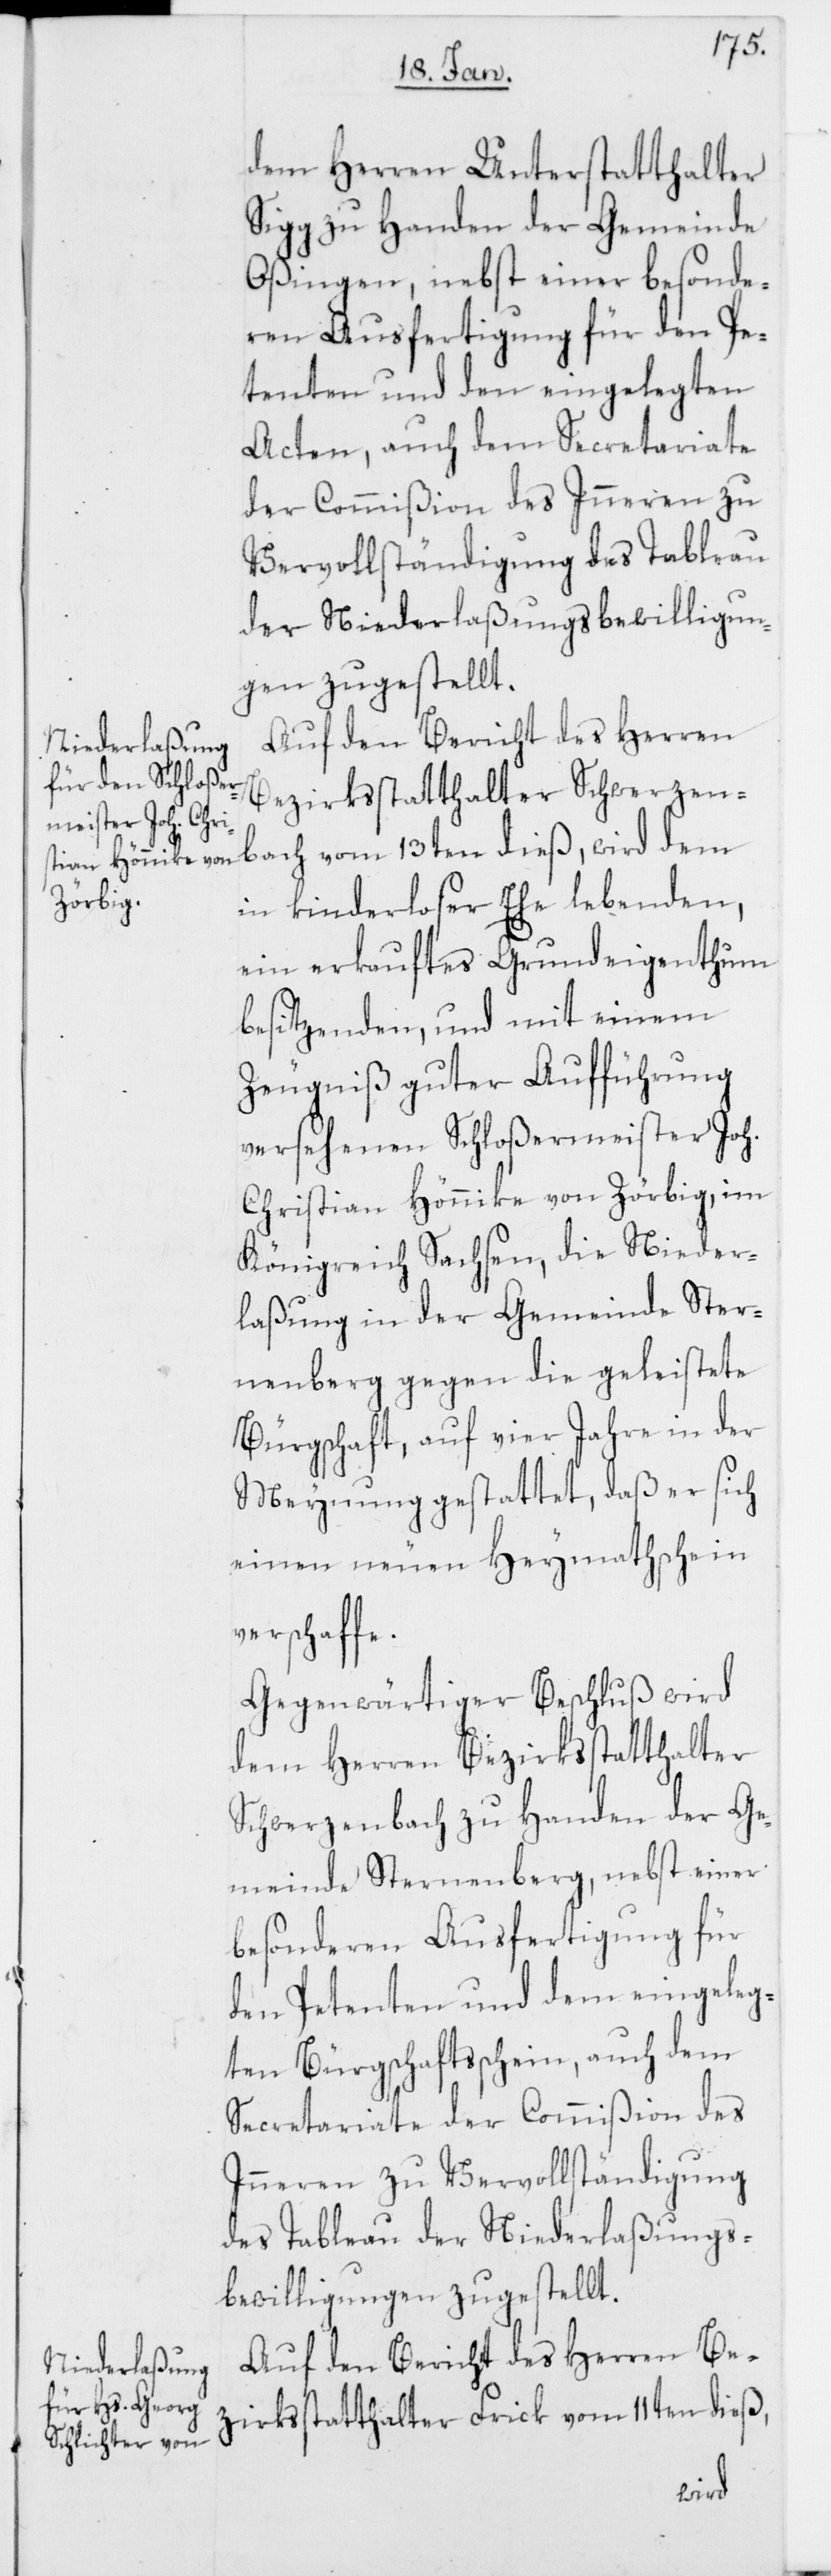
dem Herren Unterstatthalter
Sigg zu Handen der Gemeinde
Oßingen, nebst einer besonde¬
ren Ausfertigung für den Pe¬
tenten und den eingelegten
Acten, auch dem Secretariate
der Commißion des Inneren zu
Vervollständigung des Tableau
der Niederlaßungsbewilligun¬
gen zugestellt.
Auf den Bericht des Herren
Bezirksstatthalter Schwerzen¬
in kinderloser Ehe lebenden,
ein erkauftes Grundeigenthum
besitzenden, und mit einem
Zeugniß guter Aufführung
versehenen Schloßermeister Joh.
Christian Hönnike von Zörbig, im
Königreich Sachsen, die Nieder¬
laßung in der Gemeinde Ster¬
nenberg gegen die geleistete
Bürgschaft, auf vier Jahre in der
Meynung gestattet, daß er sich
einen neuen Heymathschein
verschaffe.
Gegenwärtiger Beschluß wird
dem Herren Bezirksstatthalter
Schwerzenbach zu Handen der Ge¬
meinde Sternenberg, nebst einer
besonderen Ausfertigung für
den Petenten und dem eingeleg¬
ten Bürgschaftsschein, auch dem
Secretariate der Commißion des
Inneren zu Vervollständigung
des Tableau der Niederlaßungs¬
bewilligungen zugestellt.
Auf den Bericht des Herren Be¬
zirksstatthalter Frick vom 11ten dieß,
wird